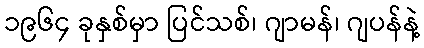
၁၉၆၄ ခုနှစ်မှာ ပြင်သစ်၊ ဂျာမန်၊ ဂျပန်နဲ့